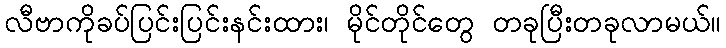
လီဗာကိုခပ်ပြင်းပြင်းနင်းထား၊ မိုင်တိုင်တွေ တခုပြီးတခုလာမယ်။